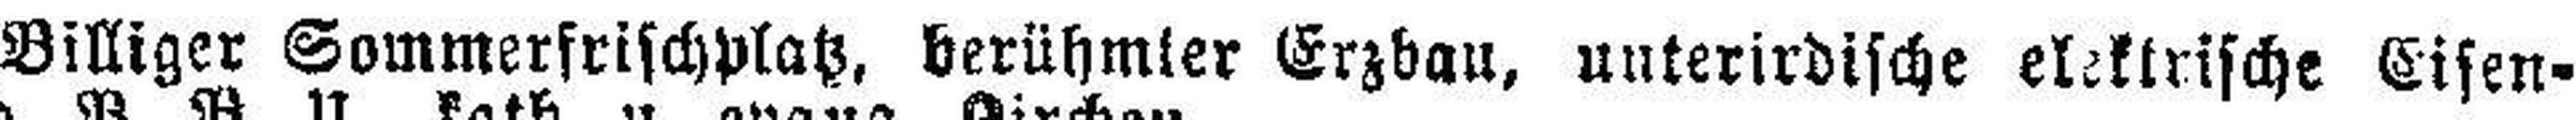
Billiger Sommerfrischplatz, berühmter Erzbau, unterirdische elekirische Eisen¬